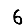
Digit: 6